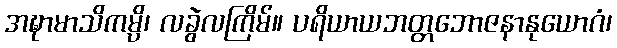
အဍ္ဎာမာသိကမ္ပိ၊ လခွဲလကြိမ်။ ပရိယာယဘတ္တဘောဇနာနုယောဂံ၊